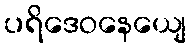
ပရိဒေဝနေယျေ